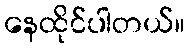
နေထိုင်ပါတယ်။